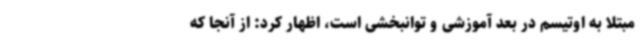
مبتلا به اوتیسم در بعد آموزشی و توانبخشی است، اظهار کرد: از آنجا که